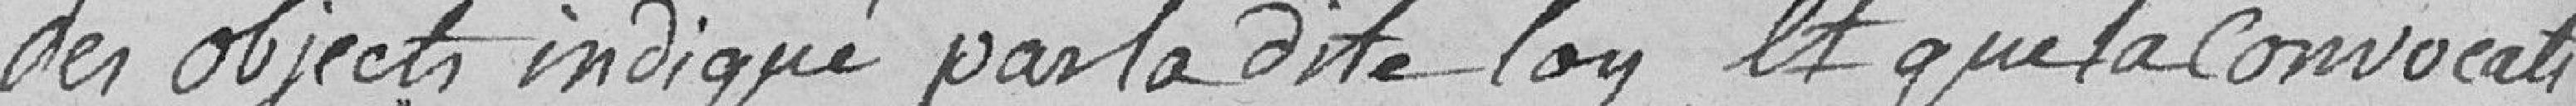
des objets indiqué par la dite loy, et que la convocation